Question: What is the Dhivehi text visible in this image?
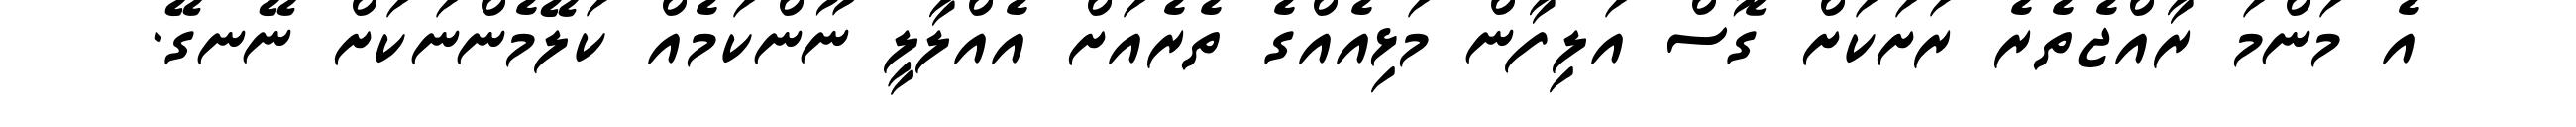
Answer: އެ މަންމަ ރާއްޖެތެރެ ރަށަކަށް ގޮސް އަލިފާން މަޅިއެއްގެ ތެރެއަށް އެއްލާލީ ނޫންކަމެއް ކަލޭމެންނަކަށް ނޭނގޭ.